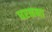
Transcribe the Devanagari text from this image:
धरकना